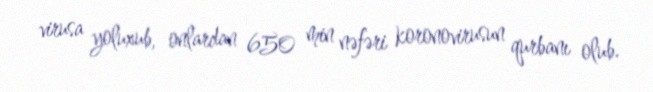
virusa yoluxub, onlardan 650 min nəfəri koronovirusun qurbanı olub.